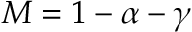
M = 1 - \alpha - \gamma